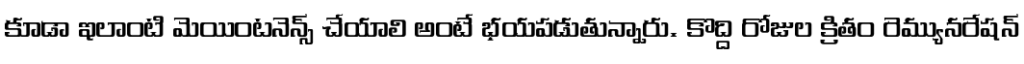
కూడా ఇలాంటి మెయింటనెన్స్ చేయాలి అంటే భయపడుతున్నారు. కొద్ది రోజుల క్రితం రెమ్యునరేషన్